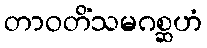
တာဝတိံသမဂစ္ဆဟံ